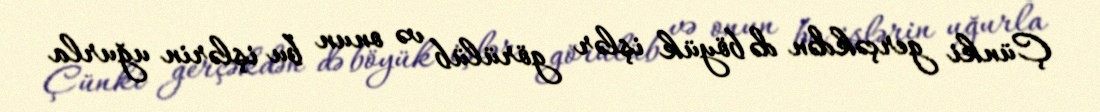
Çünki gerçəkdən də böyük işlər görülüb və onun bu işlərin uğurla